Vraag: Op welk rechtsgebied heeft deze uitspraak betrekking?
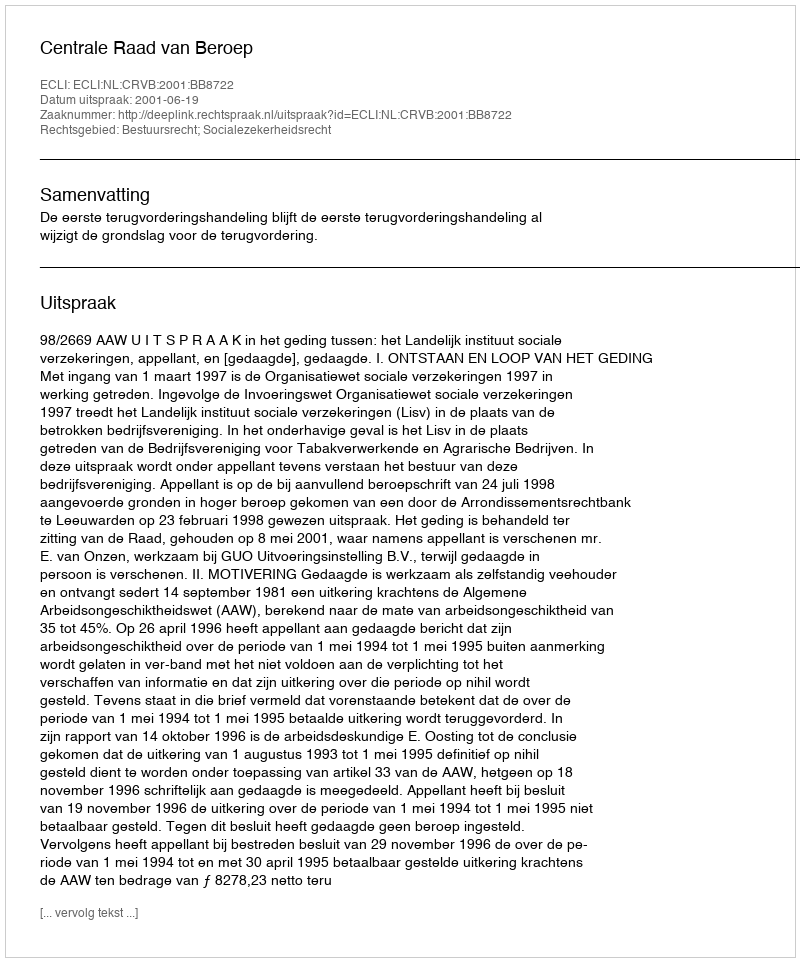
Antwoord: Bestuursrecht; Socialezekerheidsrecht